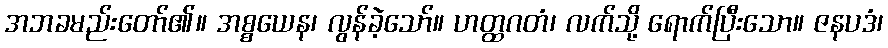
အဘခမည်းတော်၏။ အစ္စယေန၊ လွန်ခဲ့သော်။ ဟတ္ထဂတံ၊ လက်သို့ ရောက်ပြီးသော။ ဇနပဒံ၊